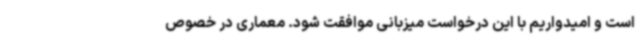
است و امیدواریم با این درخواست میزبانی موافقت شود. معماری در خصوص